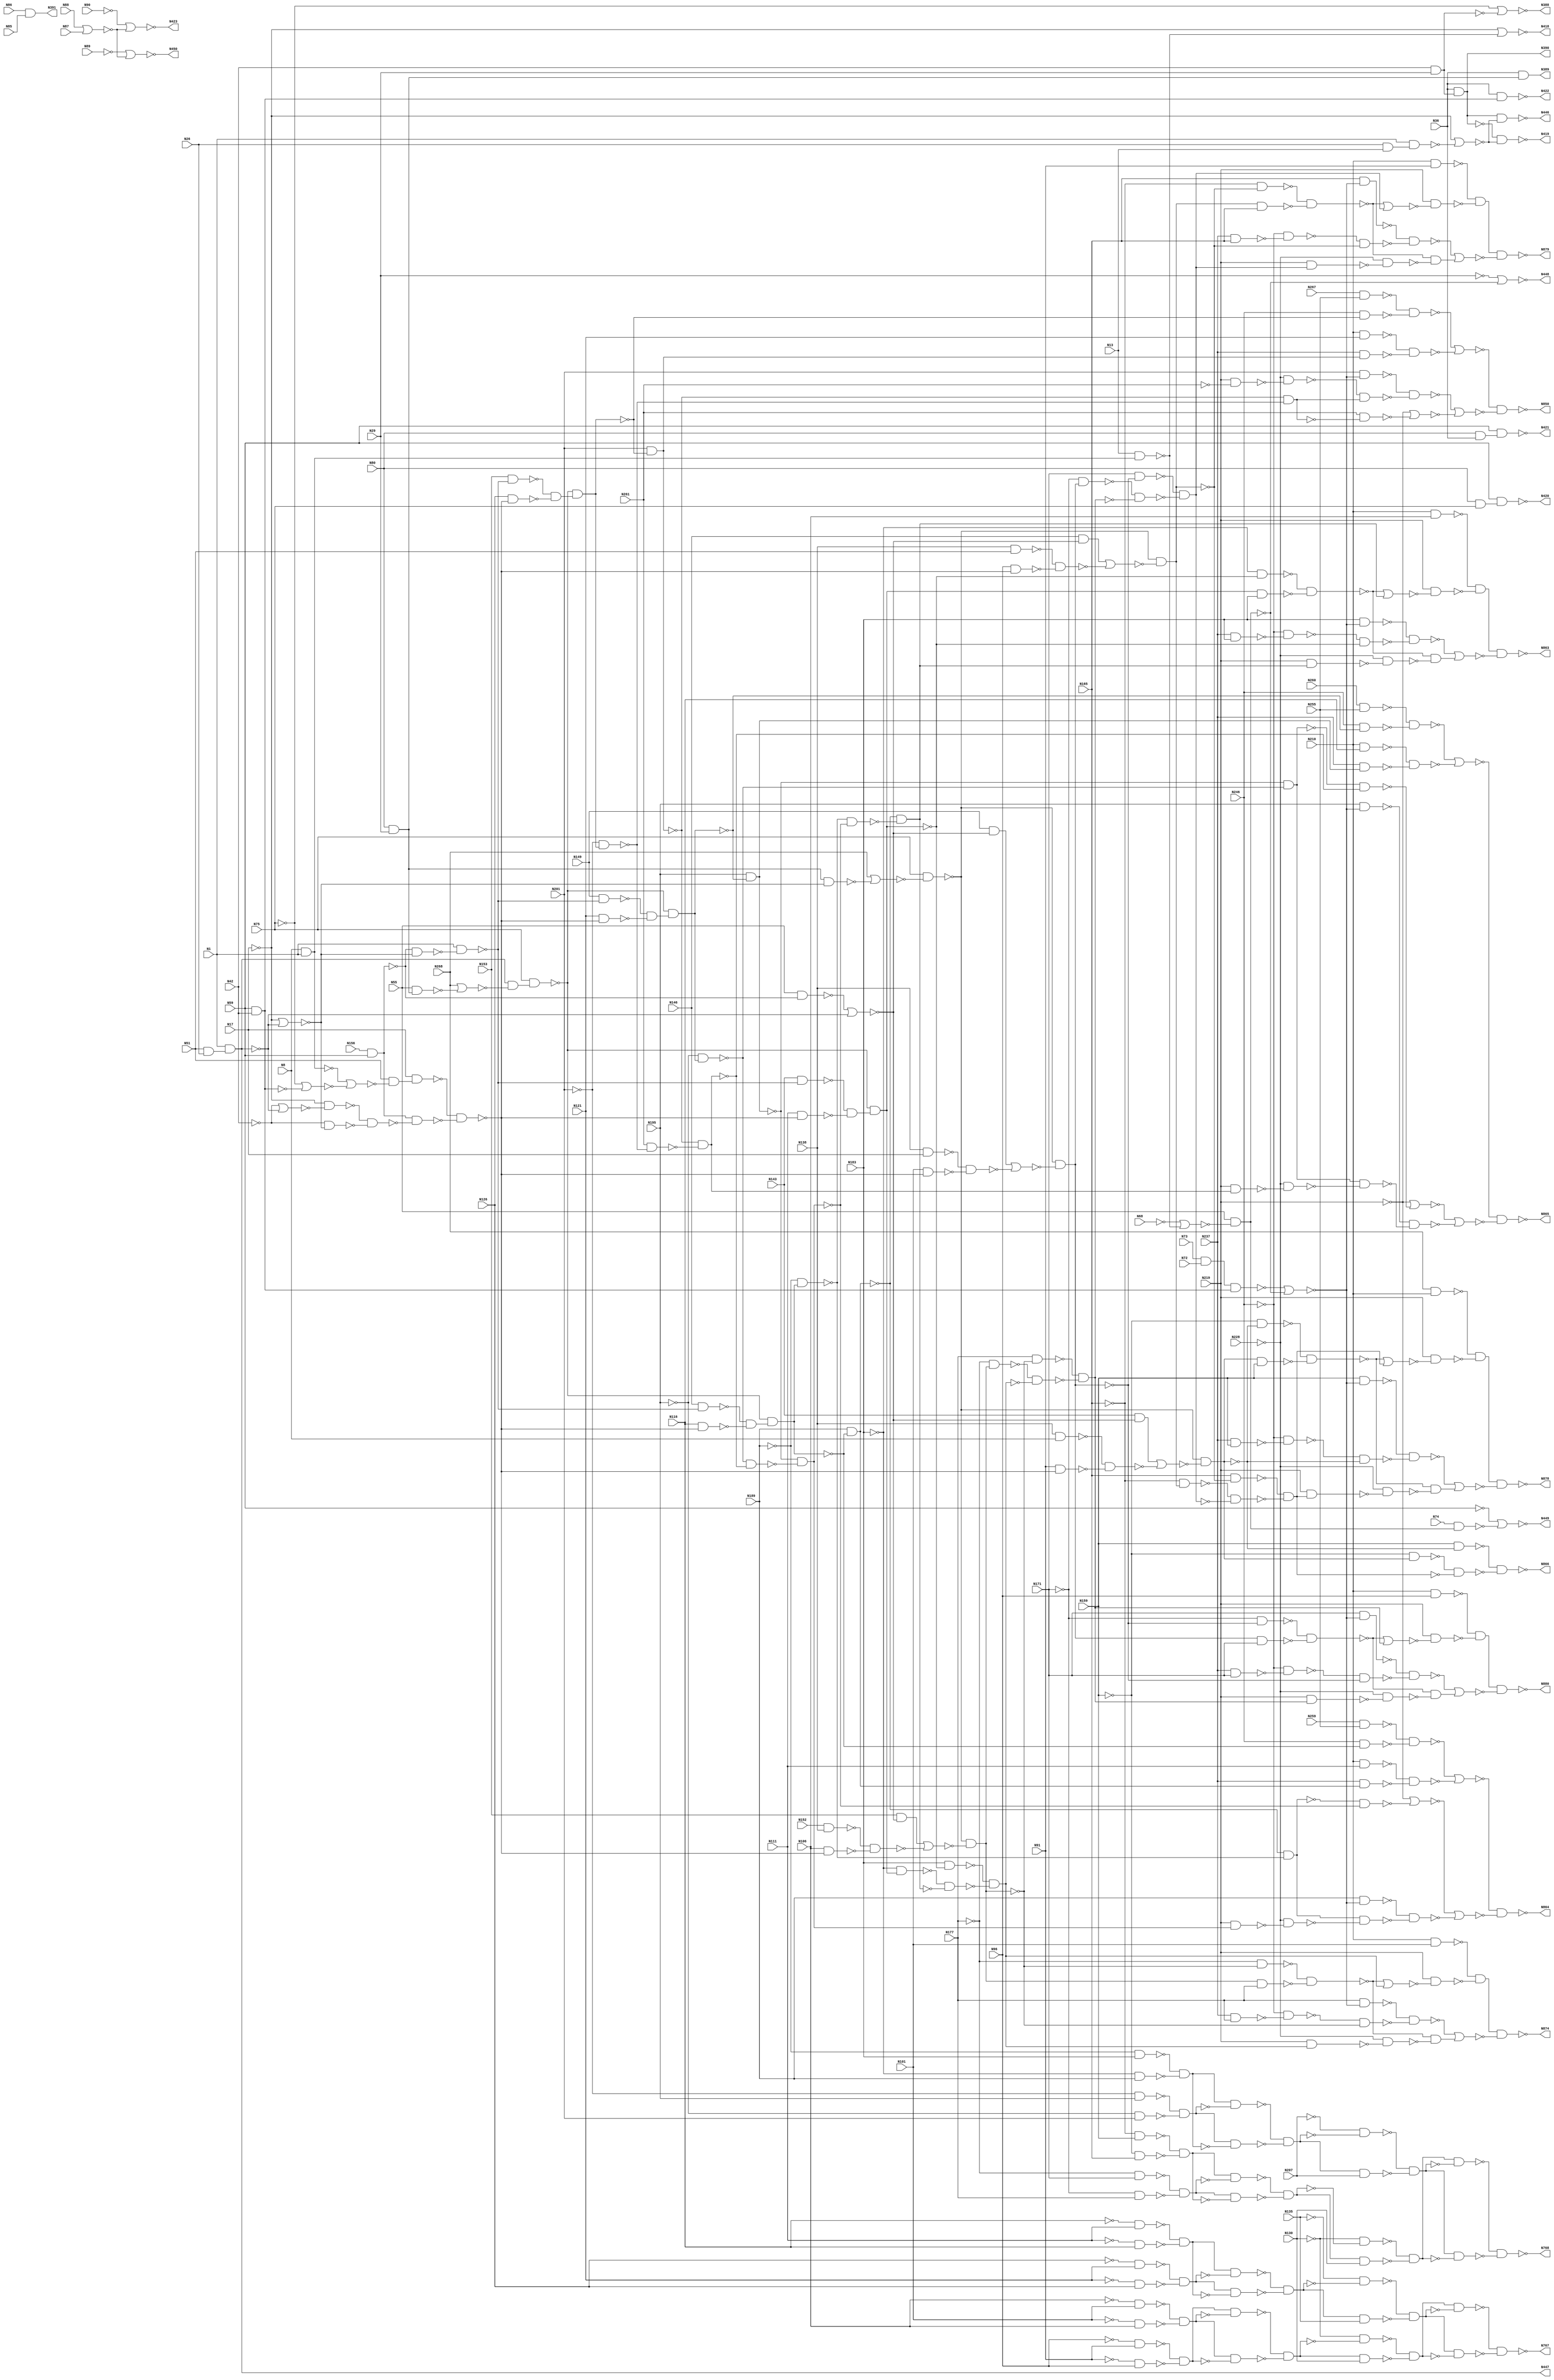

// Generated by Cadence Genus(TM) Synthesis Solution 16.22-s033_1
// Generated on: May  7 2020 12:14:14 EDT (May  7 2020 16:14:14 UTC)

// Verification Directory fv/c880

module c880g(N1, N8, N13, N17, N26, N29, N36, N42, N51, N55, N59, N68,
     N72, N73, N74, N75, N80, N85, N86, N87, N88, N89, N90, N91, N96,
     N101, N106, N111, N116, N121, N126, N130, N135, N138, N143, N146,
     N149, N152, N153, N156, N159, N165, N171, N177, N183, N189, N195,
     N201, N207, N210, N219, N228, N237, N246, N255, N259, N260, N261,
     N267, N268, N388, N389, N390, N391, N418, N419, N420, N421, N422,
     N423, N446, N447, N448, N449, N450, N767, N768, N850, N863, N864,
     N865, N866, N874, N878, N879, N880);
  input N1, N8, N13, N17, N26, N29, N36, N42, N51, N55, N59, N68, N72,
       N73, N74, N75, N80, N85, N86, N87, N88, N89, N90, N91, N96,
       N101, N106, N111, N116, N121, N126, N130, N135, N138, N143,
       N146, N149, N152, N153, N156, N159, N165, N171, N177, N183,
       N189, N195, N201, N207, N210, N219, N228, N237, N246, N255,
       N259, N260, N261, N267, N268;
  output N388, N389, N390, N391, N418, N419, N420, N421, N422, N423,
       N446, N447, N448, N449, N450, N767, N768, N850, N863, N864,
       N865, N866, N874, N878, N879, N880;
  wire N1, N8, N13, N17, N26, N29, N36, N42, N51, N55, N59, N68, N72,
       N73, N74, N75, N80, N85, N86, N87, N88, N89, N90, N91, N96,
       N101, N106, N111, N116, N121, N126, N130, N135, N138, N143,
       N146, N149, N152, N153, N156, N159, N165, N171, N177, N183,
       N189, N195, N201, N207, N210, N219, N228, N237, N246, N255,
       N259, N260, N261, N267, N268;
  wire N388, N389, N390, N391, N418, N419, N420, N421, N422, N423,
       N446, N447, N448, N449, N450, N767, N768, N850, N863, N864,
       N865, N866, N874, N878, N879, N880;
  wire n_0, n_1, n_2, n_3, n_4, n_5, n_6, n_7;
  wire n_8, n_9, n_10, n_11, n_12, n_13, n_14, n_15;
  wire n_16, n_17, n_18, n_19, n_20, n_21, n_22, n_23;
  wire n_24, n_25, n_26, n_27, n_28, n_29, n_30, n_31;
  wire n_32, n_33, n_34, n_35, n_36, n_37, n_38, n_39;
  wire n_40, n_41, n_42, n_43, n_44, n_45, n_46, n_47;
  wire n_48, n_50, n_51, n_52, n_53, n_54, n_55, n_56;
  wire n_57, n_58, n_59, n_60, n_61, n_62, n_65, n_66;
  wire n_67, n_68, n_70, n_71, n_72, n_73, n_74, n_75;
  wire n_77, n_78, n_80, n_81, n_83, n_84, n_85, n_86;
  wire n_98, n_99, n_100, n_101, n_102, n_103, n_104, n_105;
  wire n_107, n_108, n_109, n_110, n_111, n_113, n_115, n_116;
  wire n_117, n_118, n_119, n_120, n_122, n_124, n_125, n_126;
  wire n_127, n_128, n_129, n_130, n_131, n_132, n_133, n_134;
  wire n_135, n_136, n_137, n_138, n_139, n_141, n_142, n_143;
  wire n_146, n_147, n_148, n_149, n_150, n_151, n_152, n_153;
  wire n_154, n_155, n_156, n_157, n_158, n_159, n_160, n_161;
  wire n_163, n_164, n_165, n_166, n_167, n_168, n_169, n_170;
  wire n_171, n_172, n_173, n_174, n_175, n_176, n_177, n_178;
  wire n_179, n_180, n_181, n_182, n_183, n_184, n_185, n_186;
  wire n_187, n_188, n_189, n_190, n_191, n_192, n_193, n_194;
  wire n_195, n_196, n_197, n_198, n_199, n_200, n_201, n_202;
  wire n_203, n_204, n_205, n_206, n_207, n_208, n_209, n_210;
  wire n_211, n_212, n_213, n_214, n_215, n_216, n_217, n_218;
  wire n_219, n_220, n_221, n_222, n_223, n_224, n_225, n_226;
  wire n_227, n_228, n_229, n_230, n_231, n_232, n_233, n_234;
  wire n_235, n_236, n_237, n_238, n_239, n_240, n_241, n_242;
  wire n_243, n_244, n_245, n_246, n_247, n_248, n_249, n_250;
  wire n_251, n_252, n_253, n_254, n_255, n_256, n_257, n_258;
  wire n_259, n_260, n_261, n_262, n_263, n_264, n_265, n_266;
  wire n_267, n_268, n_269, n_270, n_271, n_272, n_273, n_275;
  wire n_276, n_277, n_278, n_279, n_280, n_281, n_282, n_283;
  wire n_284, n_285, n_286, n_287, n_288, n_289, n_290, n_291;
  wire n_293, n_294, n_295, n_296, n_297, n_298, n_299, n_300;
  wire n_301, n_302, n_304, n_305, n_306, n_307, n_308, n_309;
  wire n_310, n_311, n_312, n_313, n_314, n_316, n_317, n_318;
  wire n_319, n_320, n_321, n_322, n_323, n_324, n_325, n_326;
  wire n_327, n_328, n_329, n_331, n_332, n_333, n_334, n_335;
  wire n_336, n_337, n_338, n_339, n_340, n_341, n_342, n_343;
  wire n_346, n_347, n_348, n_349, n_350, n_351, n_352, n_354;
  wire n_355, n_356;
  nand g2541__7837 (N878, n_355, n_356);
  nor g2542__7557 (n_356, n_241, n_354);
  not g2544 (n_355, n_352);
  not g2545 (n_354, n_351);
  nand g2543__7654 (N879, n_346, n_350);
  nand g2546__8867 (n_352, n_37, n_348);
  nand g2547__1377 (n_351, n_340, n_349);
  nor g2548__3717 (n_350, n_237, n_347);
  nand g2549__4599 (n_349, n_333, n_339);
  nand g2550__3779 (n_348, N219, n_341);
  not g2556 (n_347, n_342);
  not g2555 (n_346, n_343);
  nand g2551__2007 (N866, n_220, n_337);
  nand g2552__1237 (N880, n_329, n_336);
  nand g2558__1297 (n_343, n_27, n_335);
  nand g2559__2006 (n_342, n_325, n_334);
  nor g2553__2833 (n_341, n_340, n_338);
  nand g2554__7547 (n_339, N219, n_338);
  nand g2557__7765 (n_337, n_226, n_332);
  nor g2560__9867 (n_336, n_235, n_331);
  nand g2561__3377 (n_335, N219, n_326);
  nand g2563__9719 (n_334, n_333, n_324);
  not g2562 (n_338, n_332);
  not g2569 (n_331, n_327);
  nand g2564__1591 (n_332, n_218, n_322);
  nand g2565__6789 (N874, n_317, n_321);
  not g2568 (n_329, n_328);
  nand g2571__5927 (n_328, n_32, n_320);
  nand g2572__2001 (n_327, n_313, n_319);
  nor g2566__1122 (n_326, n_325, n_323);
  nand g2567__2005 (n_324, N219, n_323);
  nand g2570__9771 (n_322, n_225, n_318);
  nor g2573__3457 (n_321, n_236, n_316);
  nand g2574__1279 (n_320, N219, n_314);
  nand g2576__6179 (n_319, n_333, n_312);
  not g2575 (n_323, n_318);
  not g2581 (n_317, n_310);
  nand g2577__7837 (n_318, n_216, n_308);
  not g2582 (n_316, n_309);
  nand g2578__7557 (N863, n_302, n_307);
  nor g2579__7654 (n_314, n_313, n_311);
  nand g2580__8867 (n_312, N219, n_311);
  nand g2584__1377 (n_310, n_33, n_306);
  nand g2585__3717 (n_309, n_297, n_304);
  nand g2583__4599 (n_308, n_224, n_305);
  nor g2586__3779 (n_307, n_223, n_301);
  nand g2589__2007 (n_306, N219, n_298);
  not g2588 (n_311, n_305);
  nand g2590__1237 (n_304, n_333, n_296);
  nand g2587__1297 (N864, n_262, n_294);
  not g2595 (n_302, n_300);
  not g2596 (n_301, n_299);
  nand g2591__2006 (n_305, n_214, n_293);
  nand g2597__2833 (n_300, n_25, n_291);
  nand g2599__7547 (n_299, n_285, n_290);
  nor g2592__7765 (n_298, n_297, n_295);
  nand g2593__9867 (n_296, N219, n_295);
  nor g2594__3377 (n_294, n_277, n_289);
  nand g2598__9719 (n_293, n_230, n_288);
  nand g2600__1591 (N865, n_263, n_282);
  nand g2601__6789 (n_291, N219, n_286);
  nand g2603__5927 (n_290, n_333, n_284);
  nand g2604__2001 (n_289, n_160, n_287);
  not g2602 (n_295, n_288);
  nand g2605__1122 (n_288, n_201, n_281);
  nand g2606__2005 (n_287, n_246, n_280);
  nor g2607__9771 (n_286, n_285, n_283);
  nand g2608__3457 (n_284, N219, n_283);
  nor g2609__1279 (n_282, n_267, n_279);
  nand g2610__6179 (n_281, n_210, n_278);
  nand g2612__7837 (n_280, n_333, n_275);
  nand g2614__7557 (n_279, n_154, n_276);
  not g2613 (n_283, n_278);
  nor g2611__7654 (n_277, n_266, n_272);
  nand g2615__8867 (n_278, n_233, n_273);
  nand g2616__1377 (n_276, n_248, n_270);
  nand g2618__3717 (n_275, N219, n_268);
  nand g2617__4599 (N850, n_261, n_269);
  nand g2619__3779 (n_273, n_234, n_271);
  nand g2620__2007 (n_272, n_245, n_271);
  nand g2621__1237 (n_270, n_333, n_265);
  nor g2622__1297 (n_269, n_264, n_259);
  not g2623 (n_268, n_271);
  nor g2624__2006 (n_267, n_266, n_258);
  nand g2625__2833 (n_271, n_231, n_260);
  nand g2629__7547 (n_265, N219, n_255);
  nand g2631__7765 (n_264, n_156, n_256);
  nor g2626__9867 (n_263, n_227, n_253);
  nor g2627__3377 (n_262, n_229, n_254);
  nor g2628__9719 (n_261, n_228, n_251);
  nand g2630__1591 (n_260, n_232, n_257);
  nor g2632__6789 (n_259, n_266, n_252);
  nand g2633__5927 (n_258, n_247, n_257);
  nand g2640__2001 (n_256, n_77, n_250);
  not g2641 (n_255, n_257);
  nand g2642__1122 (n_254, n_21, n_242);
  nand g2643__2005 (n_253, n_20, n_243);
  nand g2635__9771 (n_252, N261, n_249);
  nand g2638__3457 (n_251, n_30, n_244);
  nand g2648__1279 (n_257, n_240, n_239);
  not g2649 (n_250, n_249);
  not g2662 (n_248, n_247);
  not g2663 (n_246, n_245);
  nand g2656__6179 (n_244, N237, n_209);
  nand g2652__7837 (n_243, N237, n_207);
  nand g2651__7557 (n_242, N237, n_208);
  nand g2637__7654 (n_241, n_155, n_212);
  nand g2661__8867 (n_249, n_240, n_238);
  nand g2668__1377 (n_239, N261, n_238);
  nand g2639__3717 (n_237, n_149, n_211);
  nand g2636__4599 (n_236, n_157, n_222);
  nand g2634__3779 (n_235, n_158, n_213);
  nand g2674__2007 (n_245, n_233, n_234);
  nand g2673__1237 (n_247, n_231, n_232);
  nand g2664__1297 (n_230, n_0, n_205);
  nand g2665__2006 (n_229, n_40, n_198);
  wire w, w0, w1, w2;
  nand g2646__2833 (n_340, w0, w2);
  nand g2 (w2, w1, N159);
  not g1 (w1, n_219);
  nand g0 (w0, w, n_219);
  not g (w, N159);
  wire w3, w4, w5, w6;
  nand g2647__7547 (n_325, w4, w6);
  nand g6 (w6, w5, N165);
  not g5 (w5, n_217);
  nand g4 (w4, w3, n_217);
  not g3 (w3, N165);
  wire w7, w8, w9, w10;
  nand g2644__7765 (n_313, w8, w10);
  nand g10 (w10, w9, N171);
  not g9 (w9, n_215);
  nand g8 (w8, w7, n_215);
  not g7 (w7, N171);
  wire w11, w12, w13, w14;
  nand g2645__9867 (n_297, w12, w14);
  nand g14 (w14, w13, N177);
  not g13 (w13, n_221);
  nand g12 (w12, w11, n_221);
  not g11 (w11, N177);
  nand g2666__3377 (n_228, n_38, n_202);
  nand g2667__9719 (n_227, n_15, n_197);
  nand g2669__1591 (n_226, n_12, n_204);
  nand g2670__6789 (n_225, n_3, n_203);
  nand g2671__5927 (n_224, n_13, n_206);
  nand g2672__2001 (n_223, n_161, n_199);
  nand g2657__1122 (n_222, n_65, n_221);
  nand g2653__2005 (n_220, N159, n_219);
  nand g2654__9771 (n_218, N165, n_217);
  nand g2655__3457 (n_216, N171, n_215);
  nand g2650__1279 (n_214, N177, n_221);
  nand g2658__6179 (n_213, n_75, n_215);
  nand g2659__7837 (n_212, n_73, n_219);
  nand g2660__7557 (n_211, n_71, n_217);
  nand g2691__7654 (n_210, n_11, n_189);
  not g2676 (n_209, n_240);
  not g2677 (n_208, n_233);
  not g2690 (n_207, n_231);
  nand g2697__8867 (n_238, n_5, n_192);
  nand g2696__1377 (n_234, n_7, n_190);
  nand g2695__3717 (n_232, n_9, n_191);
  wire w15, w16, w17, w18;
  nand g2675__4599 (n_285, w16, w18);
  nand g18 (w18, w17, N183);
  not g17 (w17, n_200);
  nand g16 (w16, w15, n_200);
  not g15 (w15, N183);
  not g2678 (n_206, n_215);
  not g2679 (n_205, n_221);
  not g2680 (n_204, n_219);
  not g2681 (n_203, n_217);
  nand g2682__3779 (n_202, N246, n_195);
  nand g2683__2007 (n_201, N183, n_200);
  nand g2692__1237 (n_199, n_70, n_200);
  nand g2693__1297 (n_198, N246, n_196);
  nand g2694__2006 (n_197, N246, n_194);
  nand g2685__2833 (n_233, N189, n_196);
  nand g2684__7547 (n_240, N201, n_195);
  nand g2698__7765 (n_231, N195, n_194);
  nand g2688__9867 (n_219, n_193, n_185);
  nand g2687__3377 (n_221, n_193, n_184);
  nand g2686__9719 (n_215, n_193, n_187);
  nand g2689__1591 (n_217, n_193, n_186);
  not g2705 (n_192, n_195);
  not g2704 (n_191, n_194);
  not g2703 (n_190, n_196);
  not g2706 (n_189, n_200);
  nand g2707__6789 (n_196, n_188, n_182);
  nand g2708__5927 (n_194, n_188, n_180);
  nand g2709__2001 (n_195, n_188, n_183);
  nand g2710__1122 (n_200, n_188, n_181);
  nor g2699__2005 (n_187, n_136, n_176);
  nor g2700__9771 (n_186, n_134, n_177);
  nor g2701__3457 (n_185, n_133, n_178);
  nor g2702__1279 (n_184, n_135, n_175);
  not g2711 (n_183, n_179);
  not g2716 (n_182, n_173);
  not g2717 (n_181, n_174);
  not g2718 (n_180, n_172);
  nand g2714__6179 (n_179, n_147, n_171);
  nand g2713__7837 (n_178, n_24, n_164);
  nand g2712__7557 (n_177, n_16, n_167);
  nand g2715__7654 (n_176, n_14, n_163);
  nand g2721__8867 (n_175, n_36, n_165);
  nand g2720__1377 (n_174, n_153, n_166);
  nand g2719__3717 (n_173, n_152, n_168);
  nand g2722__4599 (n_172, n_150, n_170);
  nand g2723__3779 (n_171, N126, n_169);
  nand g2729__2007 (n_170, N121, n_169);
  nand g2730__1237 (n_168, N116, n_169);
  nand g2724__1297 (n_167, N96, n_169);
  nand g2727__2006 (n_166, N111, n_169);
  nand g2726__2833 (n_165, N106, n_169);
  nand g2725__7547 (n_164, N91, n_169);
  nand g2728__7765 (n_163, N101, n_169);
  nand g2733__9867 (n_169, n_141, n_148);
  nor g2735__3377 (N449, n_2, n_146);
  nand g2744__9719 (n_161, N183, n_159);
  nand g2739__1591 (n_160, N189, n_159);
  nand g2740__6789 (n_158, N171, n_159);
  nand g2741__5927 (n_157, N177, n_159);
  nand g2738__2001 (n_156, N201, n_159);
  nand g2743__1122 (n_155, N159, n_159);
  nand g2742__2005 (n_193, N75, n_143);
  nand g2737__9771 (n_154, N195, n_159);
  nand g2746__3457 (n_153, N143, n_151);
  nand g2747__1279 (n_152, N146, n_151);
  nand g2748__6179 (n_150, N149, n_151);
  nand g2734__7837 (n_149, N165, n_159);
  nand g2736__7557 (n_148, n_46, n_142);
  nand g2745__7654 (n_147, N153, n_151);
  nand g2753__8867 (n_146, N74, n_137);
  nand g2760__1377 (n_188, N75, n_138);
  wire w19, w20, w21, w22;
  nand g2731__3717 (N768, w20, w22);
  nand g22 (w22, w21, n_128);
  not g21 (w21, n_131);
  nand g20 (w20, w19, n_131);
  not g19 (w19, n_128);
  wire w23, w24, w25, w26;
  nand g2732__4599 (N767, w24, w26);
  nand g26 (w26, w25, n_129);
  not g25 (w25, n_130);
  nand g24 (w24, w23, n_130);
  not g23 (w23, n_129);
  nor g2754__3779 (n_143, N268, n_126);
  nand g2757__2007 (n_142, n_120, n_124);
  nor g2756__1237 (n_159, n_81, n_139);
  nand g2758__1297 (n_141, N17, n_132);
  nor g2755__2006 (N448, n_8, n_139);
  nand g2759__2833 (n_151, N1, n_127);
  not g2762 (n_138, n_122);
  not g2763 (n_137, n_139);
  not g2772 (n_136, n_119);
  not g2773 (n_135, n_118);
  not g2774 (n_134, n_116);
  not g2775 (n_133, n_115);
  not g2761 (n_132, n_111);
  wire w27, w28, w29, w30;
  nand g2750__7547 (n_131, w28, w30);
  nand g30 (w30, w29, N207);
  not g29 (w29, n_102);
  nand g28 (w28, w27, n_102);
  not g27 (w27, N207);
  wire w31, w32, w33, w34;
  nand g2751__7765 (n_130, w32, w34);
  nand g34 (w34, w33, N135);
  not g33 (w33, n_99);
  nand g32 (w32, w31, n_99);
  not g31 (w31, N135);
  wire w35, w36, w37, w38;
  nand g2752__9867 (n_129, w36, w38);
  nand g38 (w38, w37, N130);
  not g37 (w37, n_101);
  nand g36 (w36, w35, n_101);
  not g35 (w35, N130);
  wire w39, w40, w41, w42;
  nand g2749__3377 (n_128, w40, w42);
  nand g42 (w42, w41, N130);
  not g41 (w41, n_100);
  nand g40 (w40, w39, n_100);
  not g39 (w39, N130);
  nand g2765__9719 (n_127, n_66, n_125);
  nand g2766__1591 (n_126, n_83, n_125);
  nand g2767__6789 (n_124, n_109, n_125);
  nand g2770__5927 (N419, n_86, n_113);
  nand g2769__2001 (n_122, N447, n_107);
  nand g2768__1122 (n_120, n_104, n_110);
  nand g2776__2005 (n_119, N149, n_117);
  nand g2777__9771 (n_118, N153, n_117);
  nand g2778__3457 (n_116, N146, n_117);
  nand g2779__1279 (n_115, N143, n_117);
  nand g2780__6179 (N446, N390, n_113);
  nand g2771__7837 (n_139, N55, n_108);
  nand g2764__7557 (n_111, N51, n_98);
  nor g2785__7654 (n_110, n_109, n_103);
  nor g2786__8867 (n_108, n_10, n_105);
  nor g2787__1377 (n_107, N268, n_84);
  nor g2789__3717 (N418, n_104, n_105);
  nor g2791__4599 (n_113, n_104, n_85);
  nor g2792__3779 (n_125, n_104, n_103);
  nor g2788__2007 (n_117, n_67, n_103);
  wire w43, w44, w45, w46;
  nand g2783__1237 (n_102, w44, w46);
  nand g46 (w46, w45, n_54);
  not g45 (w45, n_45);
  nand g44 (w44, w43, n_45);
  not g43 (w43, n_54);
  wire w47, w48, w49, w50;
  nand g2782__1297 (n_101, w48, w50);
  nand g50 (w50, w49, n_59);
  not g49 (w49, n_58);
  nand g48 (w48, w47, n_58);
  not g47 (w47, n_59);
  wire w51, w52, w53, w54;
  nand g2781__2006 (n_100, w52, w54);
  nand g54 (w54, w53, n_55);
  not g53 (w53, n_56);
  nand g52 (w52, w51, n_56);
  not g51 (w51, n_55);
  wire w55, w56, w57, w58;
  nand g2784__2833 (n_99, w56, w58);
  nand g58 (w58, w57, n_60);
  not g57 (w57, n_57);
  nand g56 (w56, w55, n_57);
  not g55 (w55, n_60);
  nor g2790__7547 (n_98, n_50, n_74);
  not g2793 (N389, n_80);
  not g2795 (N447, n_103);
  not g2794 (N390, n_86);
  nand g2798__7765 (n_85, N1, n_47);
  nand g2797__9867 (n_84, N55, n_83);
  nand g2806__3377 (N420, N59, n_53);
  nand g2801__9719 (n_81, n_52, n_78);
  nand g2804__1591 (n_80, N36, n_83);
  nand g2805__6789 (N422, N36, n_78);
  nand g2814__5927 (n_77, n_333, n_44);
  nand g2802__2001 (N421, N59, n_61);
  nand g2808__1122 (n_86, N36, n_43);
  nand g2807__2005 (n_105, N13, n_51);
  nand g2809__9771 (n_103, N1, n_48);
  nand g2810__3457 (n_75, n_72, n_39);
  nor g2799__1279 (n_74, n_68, n_41);
  nand g2816__6179 (n_73, n_72, n_28);
  nand g2811__7837 (n_71, n_72, n_22);
  nand g2812__7557 (n_70, n_72, n_31);
  nor g2796__7654 (N388, n_68, n_42);
  nand g2815__8867 (n_67, N55, n_66);
  nand g2813__1377 (n_65, n_72, n_34);
  nor g2803__3717 (N450, n_4, n_62);
  nor g2800__4599 (N423, n_1, n_62);
  not g2848 (n_61, n_17);
  wire w59, w60, w61, w62;
  nand g2817__3779 (n_60, w60, w62);
  nand g62 (w62, w61, N116);
  not g61 (w61, N111);
  nand g60 (w60, w59, N111);
  not g59 (w59, N116);
  wire w63, w64, w65, w66;
  nand g2818__2007 (n_59, w64, w66);
  nand g66 (w66, w65, N96);
  not g65 (w65, N91);
  nand g64 (w64, w63, N91);
  not g63 (w63, N96);
  wire w67, w68, w69, w70;
  nand g2819__1237 (n_58, w68, w70);
  nand g70 (w70, w69, N106);
  not g69 (w69, N101);
  nand g68 (w68, w67, N101);
  not g67 (w67, N106);
  wire w71, w72, w73, w74;
  nand g2821__1297 (n_57, w72, w74);
  nand g74 (w74, w73, N126);
  not g73 (w73, N121);
  nand g72 (w72, w71, N121);
  not g71 (w71, N126);
  wire w75, w76, w77, w78;
  nand g2822__2006 (n_56, w76, w78);
  nand g78 (w78, w77, N177);
  not g77 (w77, N171);
  nand g76 (w76, w75, N171);
  not g75 (w75, N177);
  wire w79, w80, w81, w82;
  nand g2823__2833 (n_55, w80, w82);
  nand g82 (w82, w81, N165);
  not g81 (w81, N159);
  nand g80 (w80, w79, N159);
  not g79 (w79, N165);
  wire w83, w84, w85, w86;
  nand g2824__7547 (n_54, w84, w86);
  nand g86 (w86, w85, N189);
  not g85 (w85, N183);
  nand g84 (w84, w83, N183);
  not g83 (w83, N189);
  not g2825 (n_53, n_29);
  not g2826 (n_52, n_35);
  not g2827 (n_51, n_50);
  not g2846 (N391, n_23);
  not g2845 (n_48, n_18);
  not g2847 (n_47, n_19);
  not g2851 (n_46, n_66);
  wire w87, w88, w89, w90;
  nand g2820__7765 (n_45, w88, w90);
  nand g90 (w90, w89, N201);
  not g89 (w89, N195);
  nand g88 (w88, w87, N195);
  not g87 (w87, N201);
  nand g2830__9867 (n_44, N219, n_6);
  not g2849 (n_43, n_42);
  not g2850 (n_78, n_41);
  not g2828 (n_83, n_26);
  nand g2841__3377 (n_40, N259, N255);
  nand g2864__9719 (n_39, N237, N171);
  nand g2839__1591 (n_38, N267, N255);
  nand g2865__6789 (n_37, N268, N210);
  nand g2860__5927 (n_36, N152, N138);
  nand g2840__2001 (n_35, N73, N72);
  nand g2832__1122 (n_34, N237, N177);
  nand g2833__2005 (n_33, N210, N101);
  nand g2834__9771 (n_32, N210, N96);
  nand g2835__3457 (n_31, N237, N183);
  nand g2859__1279 (n_30, N210, N121);
  nand g2836__6179 (n_29, N80, N75);
  nand g2838__7837 (n_28, N237, N159);
  nand g2831__7557 (n_27, N210, N91);
  nand g2867__7654 (n_41, N59, N42);
  nand g2866__8867 (n_42, N42, N29);
  nand g2844__1377 (n_26, N80, N29);
  nand g2853__3717 (n_25, N210, N106);
  nand g2855__4599 (n_24, N138, N8);
  nand g2856__3779 (n_23, N86, N85);
  nand g2854__2007 (n_22, N237, N165);
  nand g2862__1237 (n_21, N210, N111);
  nand g2863__1297 (n_20, N210, N116);
  nand g2857__2006 (n_19, N26, N13);
  nand g2852__2833 (n_18, N51, N26);
  nand g2861__7547 (n_17, N80, N36);
  nand g2837__7765 (n_16, N138, N51);
  nand g2858__9867 (n_15, N260, N255);
  nand g2829__3377 (n_14, N138, N17);
  nor g2843__9719 (n_62, N88, N87);
  nand g2842__1591 (n_50, N8, N1);
  nand g2868__6789 (n_66, N156, N59);
  not g2887 (n_13, N171);
  not g2877 (n_12, N159);
  not g2874 (n_11, N183);
  not g2879 (n_10, N68);
  not g2884 (n_9, N195);
  not g2880 (n_8, N29);
  not g2883 (n_7, N189);
  not g2870 (n_109, N42);
  not g2888 (n_266, N219);
  not g2886 (n_333, N228);
  not g2881 (n_6, N261);
  not g2872 (n_5, N201);
  not g2869 (n_4, N89);
  not g2873 (n_3, N165);
  not g2871 (n_2, N59);
  not g2878 (n_1, N90);
  not g2875 (n_0, N177);
  not g2882 (n_68, N75);
  not g2885 (n_104, N17);
  not g2876 (n_72, N246);
endmodule